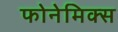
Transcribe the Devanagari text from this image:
फोनेमिक्स